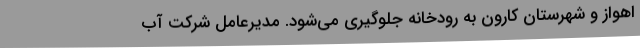
اهواز و شهرستان کارون به رودخانه جلوگیری می‌شود. مدیرعامل شرکت آب